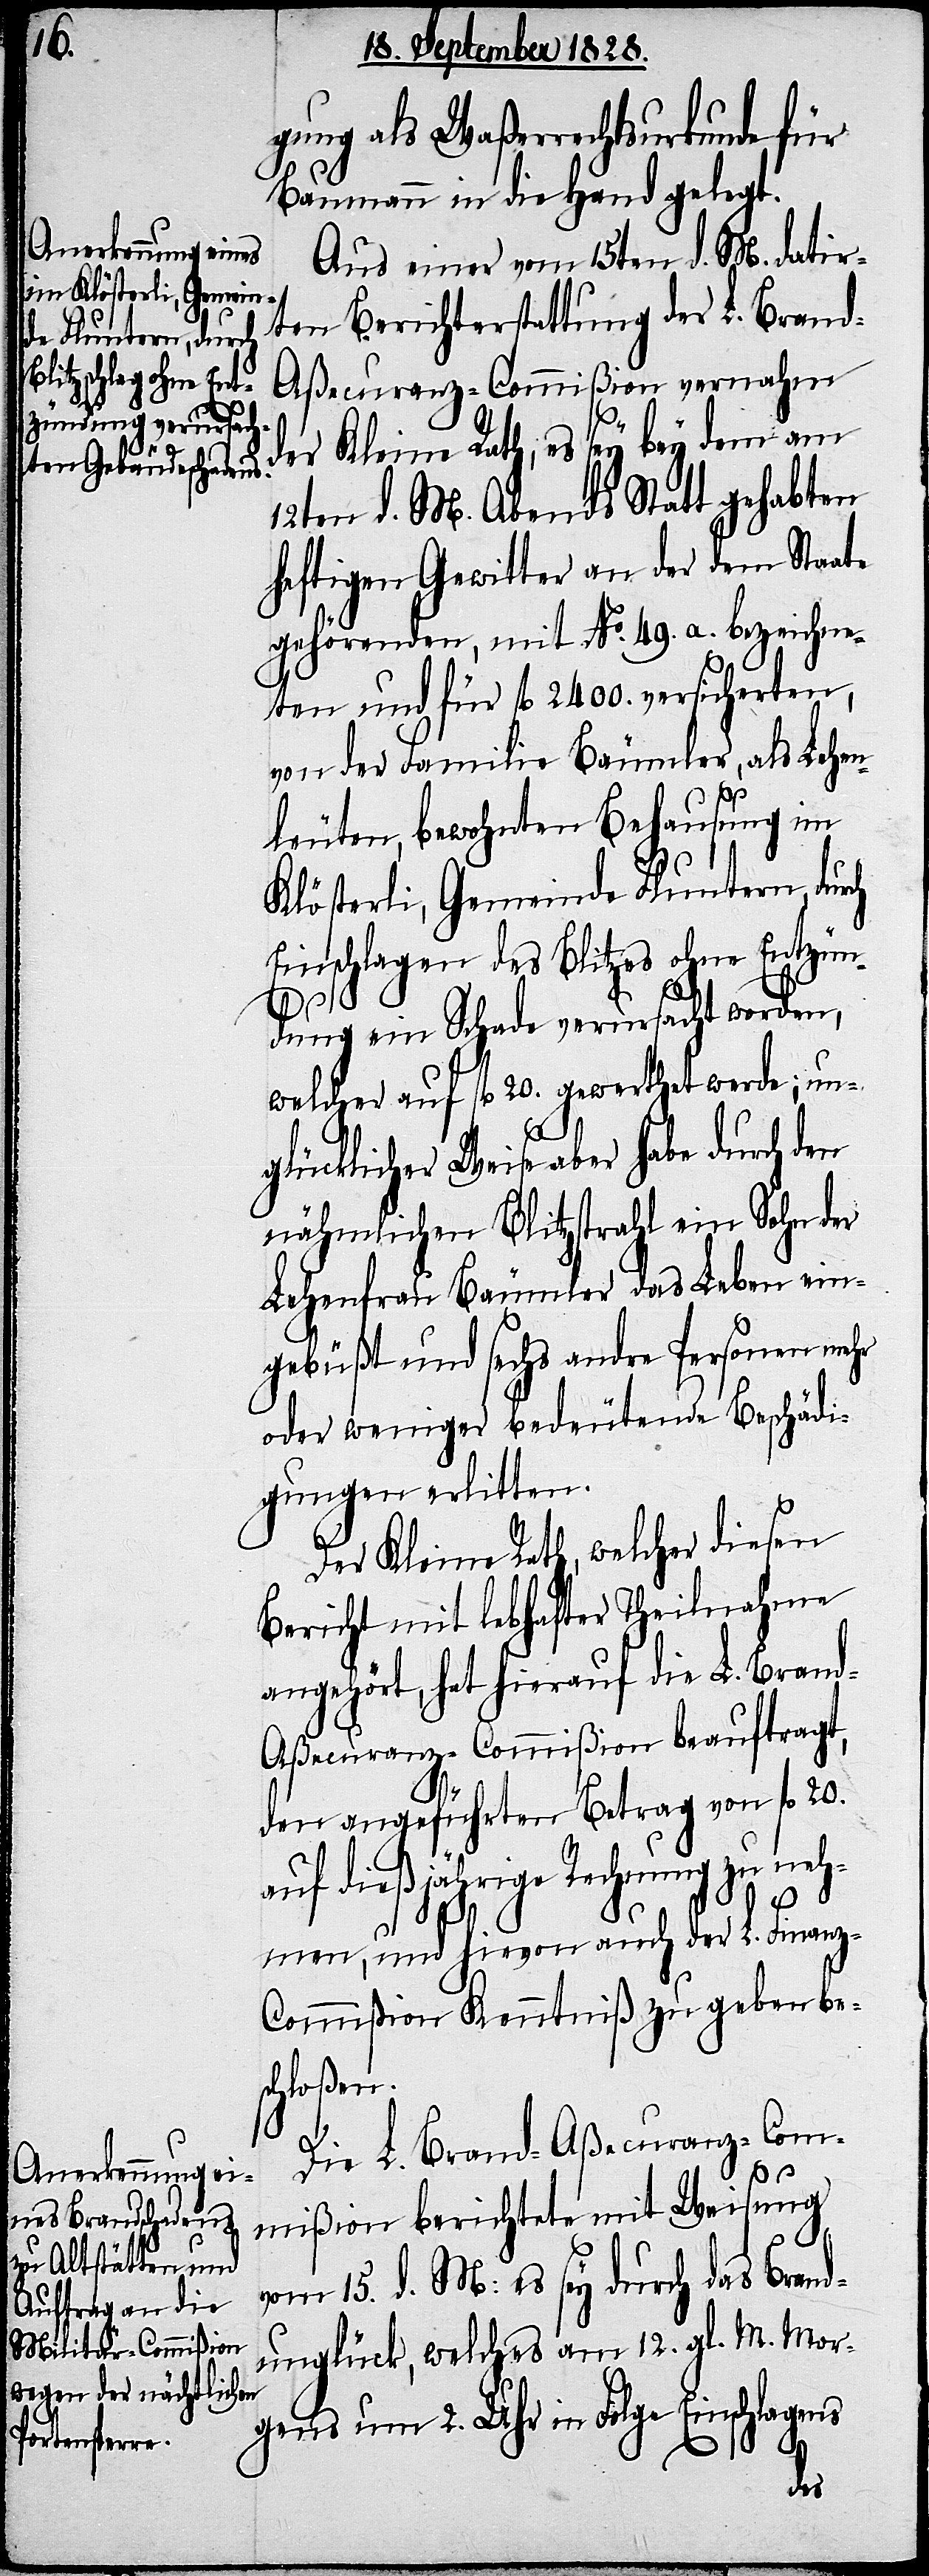
m Klösterli, Gemein¬
de Fluntern, durch

gung als Waßerrechtsurkunde für
Baumann in die Hand gelegt.
Aus einer vom 15ten d. M. datir¬
ten Berichterstattung der L. Brand-A¬
ßecuranz-Commißion vernahm
der Kleine Rath, es sey bey dem am
12ten d. M. Abends Statt gehabten
heftigen Gewitter an der dem Staate
gehörenden, mit No. 49. a. bezeichne¬
ten und für fl. 2400. versicherten,
von der Familie Bäumler, als Lehen¬
leuten, bewohnten Behausung i¬
Einschlagen des Blitzes ohne Entzün¬
dung ein Schade verursacht worden,
welcher auf fl. 20. gewerthet werde; un¬
glücklicher Weise aber habe durch den
nähmlichen Blitzstrahl ein Sohn der
Lehenfrau Bäumler das Leben ein¬
gebüßt und sechs andre Personen mehr
oder weniger bedeutende Beschädi¬
gungen erlitten.
Der Kleine Rath, welcher diesen
Bericht mit lebhafter Theilnahme
angehört, hat hierauf die L. Bran¬
d-Aßecuranz-Commißion beauftragt,
den angeführten Betrag von fl. 20.
auf dießjährige Rechnung zu neh¬
men, und hievon auch der L. Finan¬
z-Commißion Kenntniß zu geben be¬
schloßen.
Die L. Brand-Aßecuranz-Com¬
mißion berichtet mit Weisung
vom 15. d. M: es sey durch das Bran¬
dunglück, welches am 12. gl. M. Mor¬
gens um 2. Uhr in Folge Einschlagens